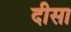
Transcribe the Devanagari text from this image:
दीसा